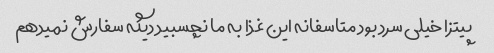
پیتزا خیلی سرد بود متاسفانه این غذا به ما نچسبید دیگه سفارش نمیدهم